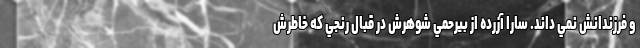
و فرزندانش نمي داند. سارا آزرده از بيرحمي شوهرش در قبال رنجي که خاطرش